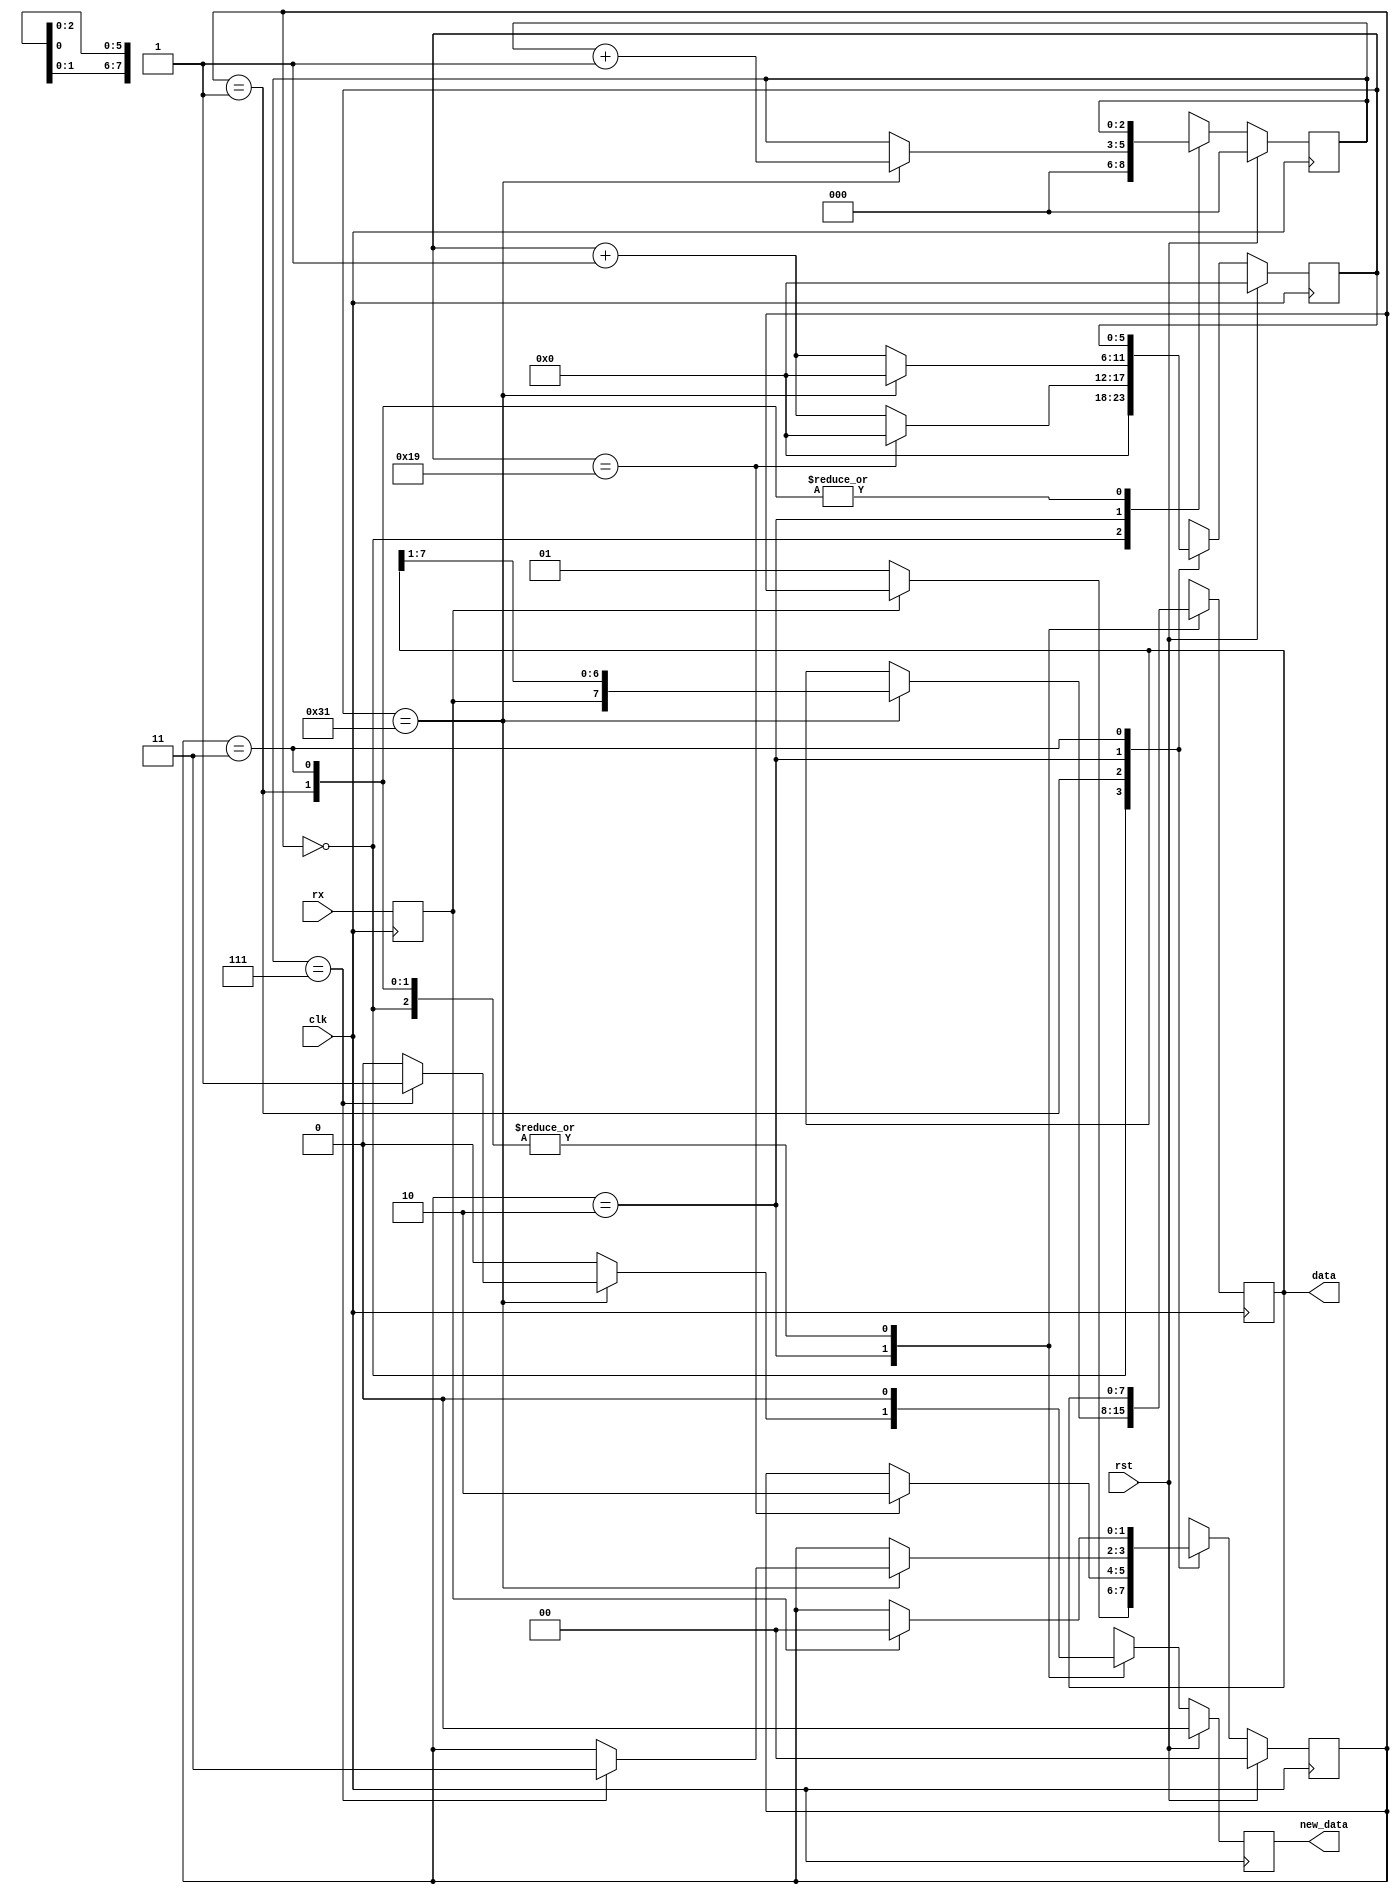
module serial_rx_10 #(
        parameter CLK_PER_BIT = 50
    )(
        input clk,
        input rst,
        input rx,
        output [7:0] data,
        output new_data
    );

    // clog2 is 'ceiling of log base 2' which gives you the number of bits needed to store a value
    parameter CTR_SIZE = $clog2(CLK_PER_BIT);

    localparam STATE_SIZE = 2;
    localparam IDLE = 2'd0,
    WAIT_HALF = 2'd1,
    WAIT_FULL = 2'd2,
    WAIT_HIGH = 2'd3;

    reg [CTR_SIZE-1:0] ctr_d, ctr_q;
    reg [2:0] bit_ctr_d, bit_ctr_q;
    reg [7:0] data_d, data_q;
    reg new_data_d, new_data_q;
    reg [STATE_SIZE-1:0] state_d, state_q = IDLE;
    reg rx_d, rx_q;

    assign new_data = new_data_q;
    assign data = data_q;

    always @(*) begin
        rx_d = rx;
        state_d = state_q;
        ctr_d = ctr_q;
        bit_ctr_d = bit_ctr_q;
        data_d = data_q;
        new_data_d = 1'b0;

        case (state_q)
            IDLE: begin
                bit_ctr_d = 3'b0;
                ctr_d = 1'b0;
                if (rx_q == 1'b0) begin
                    state_d = WAIT_HALF;
                end
            end
            WAIT_HALF: begin
                ctr_d = ctr_q + 1'b1;
                if (ctr_q == (CLK_PER_BIT >> 1)) begin
                    ctr_d = 1'b0;
                    state_d = WAIT_FULL;
                end
            end
            WAIT_FULL: begin
                ctr_d = ctr_q + 1'b1;
                if (ctr_q == CLK_PER_BIT - 1) begin
                    data_d = {rx_q, data_q[7:1]};
                    bit_ctr_d = bit_ctr_q + 1'b1;
                    ctr_d = 1'b0;
                    if (bit_ctr_q == 3'd7) begin
                        state_d = WAIT_HIGH;
                        new_data_d = 1'b1;
                    end
                end
            end
            WAIT_HIGH: begin
                if (rx_q == 1'b1) begin
                    state_d = IDLE;
                end
            end
            default: begin
                state_d = IDLE;
            end
        endcase

    end

    always @(posedge clk) begin
        if (rst) begin
            ctr_q <= 1'b0;
            bit_ctr_q <= 3'b0;
            new_data_q <= 1'b0;
            state_q <= IDLE;
        end else begin
            ctr_q <= ctr_d;
            bit_ctr_q <= bit_ctr_d;
            new_data_q <= new_data_d;
            state_q <= state_d;
        end

        rx_q <= rx_d;
        data_q <= data_d;
    end

endmodule